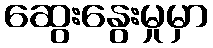
ဆွေးနွေးမှုမှာ